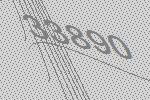
33890